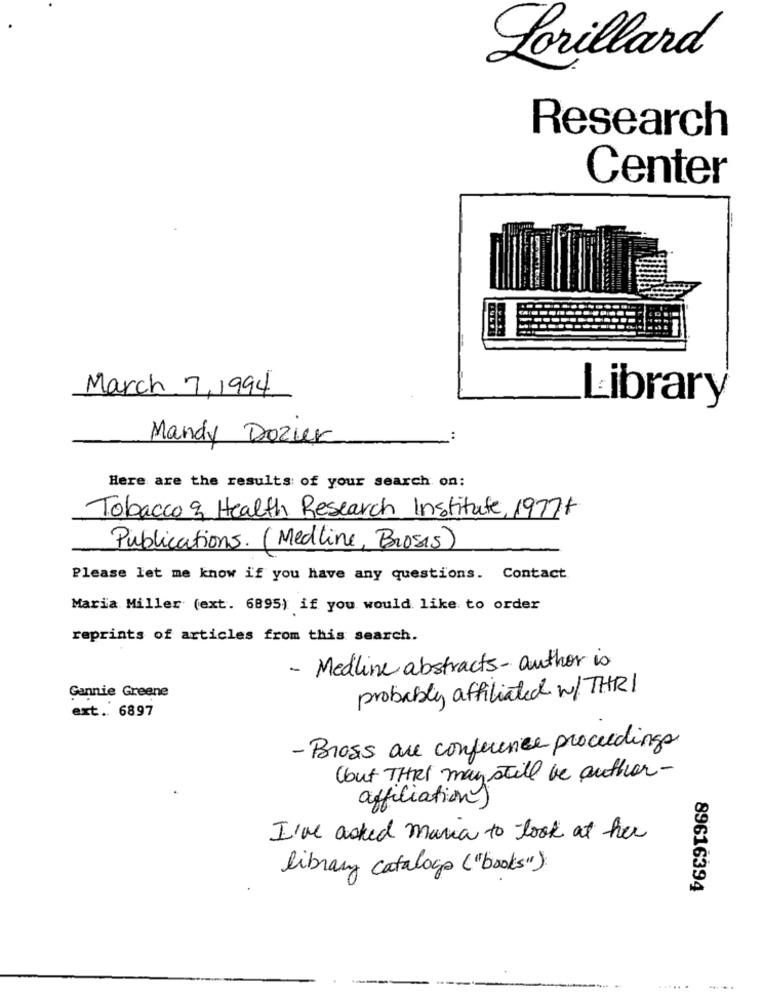
Lorillard
Research
Center
March 7, 1994
Library
Mandy Dozur
Here are the results of your search on:
Tobacco & Health Research Institute, 1977+
Publications. (Medline, Brosis)
Please let me know if you have any questions. Contact
Maria Miller (ext. 6895) if you would like to order
reprints of articles from this search.
- Medline abstracts- author is
probably affiliated w/THRI
Gannie Greene
ext. 6897
- Bross are conference proceedings
(but THRI may still be author-
affiliation)
I've acked maria to look at her
library catalogo ("books")
89616394
.....